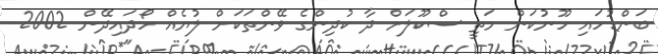
ބަންޑުހައި ހޫނުކަން މަތީ ސްކޫލަށް ދާ ކުދިންގެ ވޭންތަކަށް ލުޔެއް ހޯދައިދޭން 2002